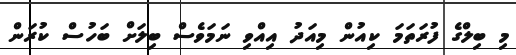
މި ބިލްގެ ފުރަތަމަ ކިއުން މިއަދު އިއްވި ނަމަވެސް ބިލަށް ބަހުސް ކުރަން